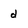
Character: d